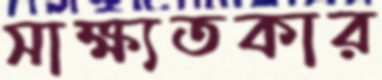
সাক্ষ্যতকার